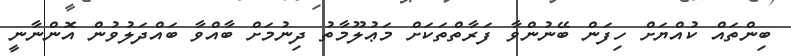
ބިންތައް ކުއްޔަށް ހިފަން ބޭނުންވާ ފަރާތްތަކަށް މަޢުލޫމާތު ދިނުމަށް ބާއްވާ ބައްދަލުވުން އޮންނާނީ